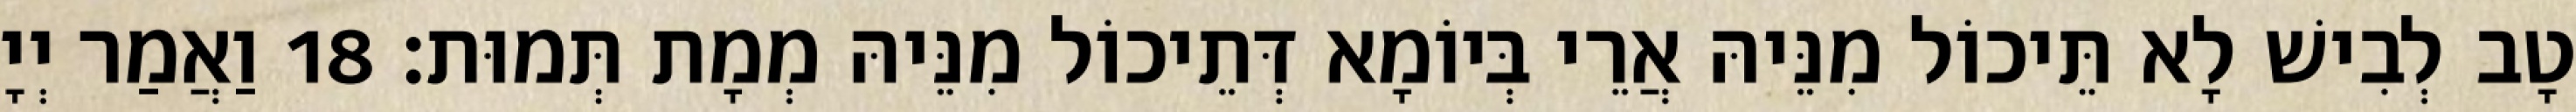
טָב לְבִישׁ לָא תֵּיכוֹל מִנֵּיהּ אֲרֵי בְּיוֹמָא דְּתֵיכוֹל מִנֵּיהּ מְמָת תְּמוּת׃ 18 וַאֲמַר יְיָ